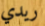
ريدي